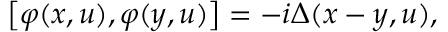
\left[ \varphi ( x , u ) , \varphi ( y , u ) \right] = - i \Delta ( x - y , u ) ,